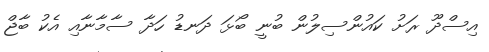
އިސްދޫ ރަށު ކައުންސިލުން ބުނީ ބޯޅަ ދަނޑު ހަދާ ސާމާނާއި އެކު ބާޖް